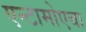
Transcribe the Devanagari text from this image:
एन्टामोएबा